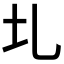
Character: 圠